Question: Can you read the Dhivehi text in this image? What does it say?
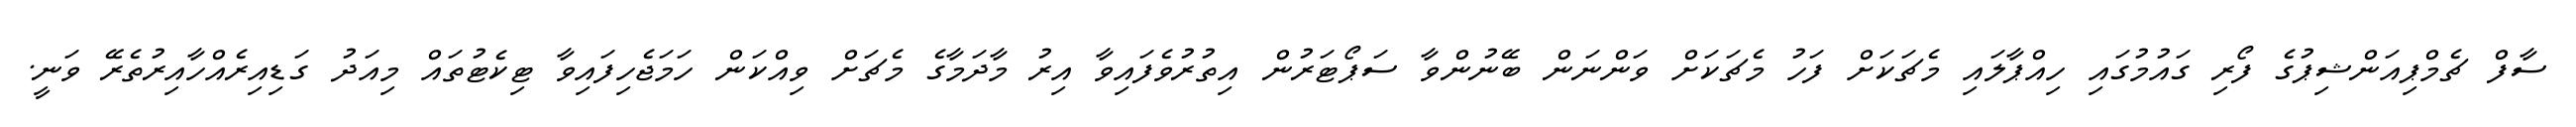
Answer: ސާފް ޗެމްޕިއަންޝިޕުގެ ފޯރި ގައުމުގައި ހިއްޕާލައި މެޗަކަށް ފަހު މެޗަކަށް ވަންނަން ބޭނުންވާ ސަޕޯޓަރުން އިތުރުވެފައިވާ އިރު މާދަމާގެ މެޗަށް ވިއްކަން ހަމަޖެހިފައިވާ ޓިކެޓުތައް މިއަދު ގަޑިއިރެއްހާއިރުތެރޭ ވަނީ.